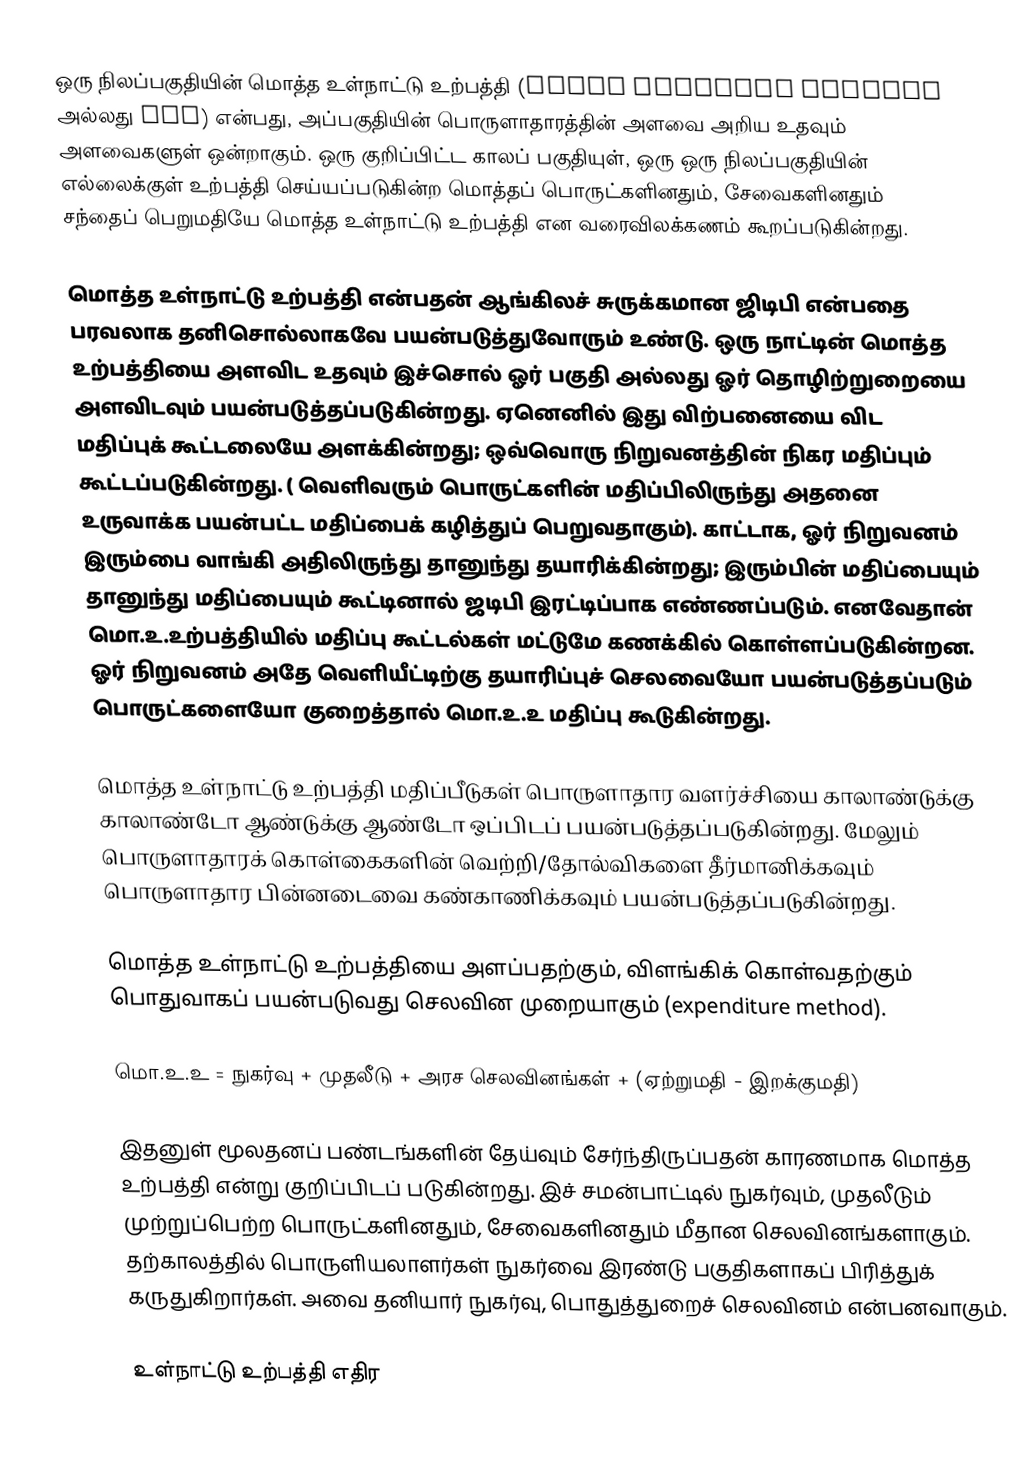
ஒரு நிலப்பகுதியின் மொத்த உள்நாட்டு உற்பத்தி (gross domestic product அல்லது GDP) என்பது, அப்பகுதியின் பொருளாதாரத்தின் அளவை அறிய உதவும் அளவைகளுள் ஒன்றாகும். ஒரு குறிப்பிட்ட காலப் பகுதியுள், ஒரு ஒரு நிலப்பகுதியின் எல்லைக்குள் உற்பத்தி செய்யப்படுகின்ற மொத்தப் பொருட்களினதும், சேவைகளினதும் சந்தைப் பெறுமதியே மொத்த உள்நாட்டு உற்பத்தி என வரைவிலக்கணம் கூறப்படுகின்றது.

மொத்த உள்நாட்டு உற்பத்தி என்பதன் ஆங்கிலச் சுருக்கமான ஜிடிபி என்பதை  பரவலாக தனிசொல்லாகவே பயன்படுத்துவோரும் உண்டு. ஒரு நாட்டின் மொத்த உற்பத்தியை அளவிட உதவும் இச்சொல் ஓர் பகுதி அல்லது ஓர் தொழிற்றுறையை அளவிடவும் பயன்படுத்தப்படுகின்றது. ஏனெனில் இது விற்பனையை விட மதிப்புக் கூட்டலையே அளக்கின்றது; ஒவ்வொரு நிறுவனத்தின் நிகர மதிப்பும் கூட்டப்படுகின்றது. ( வெளிவரும் பொருட்களின் மதிப்பிலிருந்து அதனை உருவாக்க பயன்பட்ட மதிப்பைக் கழித்துப் பெறுவதாகும்).  காட்டாக, ஓர் நிறுவனம் இரும்பை வாங்கி அதிலிருந்து தானுந்து தயாரிக்கின்றது; இரும்பின் மதிப்பையும் தானுந்து மதிப்பையும் கூட்டினால் ஜடிபி இரட்டிப்பாக  எண்ணப்படும். எனவேதான் மொ.உ.உற்பத்தியில் மதிப்பு கூட்டல்கள் மட்டுமே கணக்கில் கொள்ளப்படுகின்றன. ஓர் நிறுவனம் அதே வெளியீட்டிற்கு தயாரிப்புச் செலவையோ பயன்படுத்தப்படும் பொருட்களையோ குறைத்தால்  மொ.உ.உ  மதிப்பு கூடுகின்றது.

மொத்த உள்நாட்டு உற்பத்தி மதிப்பீடுகள் பொருளாதார வளர்ச்சியை காலாண்டுக்கு காலாண்டோ ஆண்டுக்கு ஆண்டோ ஒப்பிடப் பயன்படுத்தப்படுகின்றது. மேலும் பொருளாதாரக் கொள்கைகளின் வெற்றி/தோல்விகளை தீர்மானிக்கவும்  பொருளாதார பின்னடைவை கண்காணிக்கவும் பயன்படுத்தப்படுகின்றது.

மொத்த உள்நாட்டு உற்பத்தியை அளப்பதற்கும், விளங்கிக் கொள்வதற்கும் பொதுவாகப் பயன்படுவது செலவின முறையாகும் (expenditure method).

மொ.உ.உ = நுகர்வு + முதலீடு + அரச செலவினங்கள் + (ஏற்றுமதி - இறக்குமதி)

இதனுள் மூலதனப் பண்டங்களின் தேய்வும் சேர்ந்திருப்பதன் காரணமாக மொத்த உற்பத்தி என்று குறிப்பிடப் படுகின்றது. இச் சமன்பாட்டில் நுகர்வும், முதலீடும் முற்றுப்பெற்ற பொருட்களினதும், சேவைகளினதும் மீதான செலவினங்களாகும். தற்காலத்தில் பொருளியலாளர்கள் நுகர்வை இரண்டு பகுதிகளாகப் பிரித்துக் கருதுகிறார்கள். அவை தனியார் நுகர்வு, பொதுத்துறைச் செலவினம் என்பனவாகும்.

 உள்நாட்டு உற்பத்தி எதிர